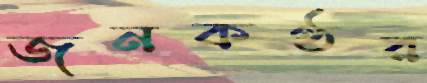
জনকণ্ঠর